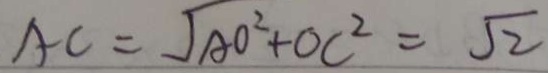
A C = \sqrt { A O ^ { 2 } } + O C ^ { 2 } = \sqrt { 2 }